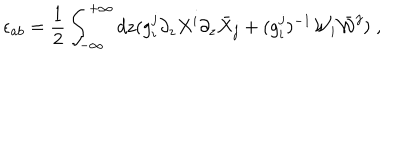
\epsilon _ { a b } = \frac { 1 } { 2 } \int _ { - \infty } ^ { + \infty } d z ( g _ { i } ^ { j } \partial _ { z } X ^ { i } \partial _ { z } \bar { X } _ { j } + ( g _ { i } ^ { j } ) ^ { - 1 } { \cal W } _ { i } \bar { { \cal W } } ^ { j } ) \; ,